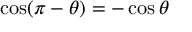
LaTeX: \cos ( \pi - \theta ) = - \cos \theta